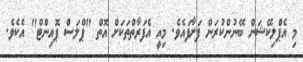
މި އެޕްލިކޭޝަން ބޭނުންކުރަން ފަށާފައެވެ. މިއީ އެފަރާތްތަކަށް އޮތް "ޕްލަސް ޕޮއިންޓް" އެކެވެ.